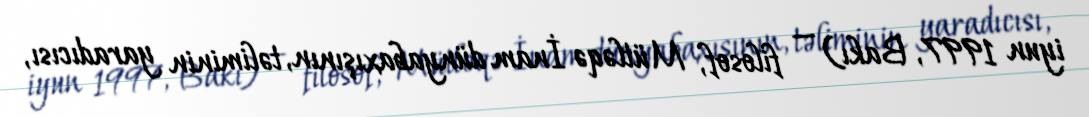
iyun 1997, Bakı) — filosof, Mütləqə İnam dünyabaxışının, təliminin yaradıcısı,